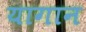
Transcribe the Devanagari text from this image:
यागान